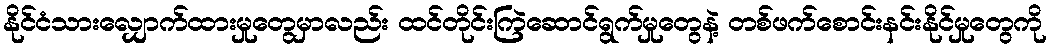
နိုင်ငံသားလျှောက်ထားမှုတွေမှာလည်း ထင်တိုင်းကြဲဆောင်ရွက်မှုတွေနဲ့ တစ်ဖက်စောင်းနင်းနိုင်မှုတွေကို